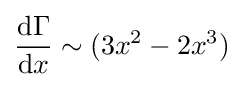
{\frac {\mathrm {d} \Gamma }{\mathrm {d} x}}\sim (3x^{2}-2x^{3})